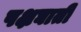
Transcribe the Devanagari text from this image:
पक्षघाती